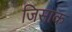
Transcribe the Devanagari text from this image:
जिसाक